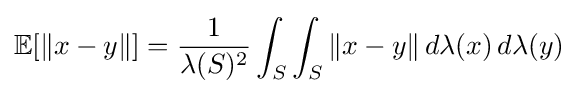
\mathbb {E} [\|x-y\|]={\frac {1}{\lambda (S)^{2}}}\int _{S}\int _{S}\|x-y\|\,d\lambda (x)\,d\lambda (y)